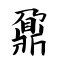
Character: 鼐